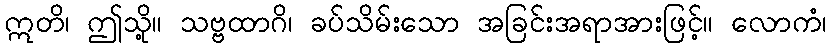
ဣတိ၊ ဤသို့။ သဗ္ဗထာဂိ၊ ခပ်သိမ်းသော အခြင်းအရာအားဖြင့်။ လောကံ၊